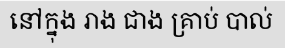
នៅក្នុង រាង ជាង គ្រាប់ បាល់